Calcutta medical institutions reports 1871-78
Year: 1871
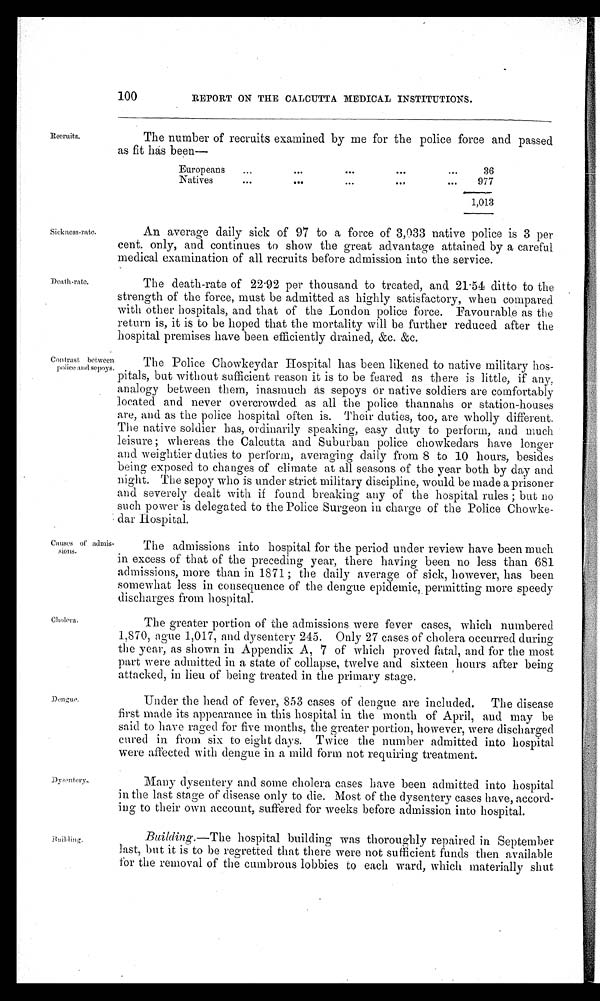
100
REPORT ON TIM CALCUTTA MEDICAL INSTITUTIONS.
Recruits.
The number of recruits examined by me for the police force and passed
as fit has been
—
European
...
. . .
. . .
. . .
. . .
36
Natives
...
...
. . .
...
...
977
1,013
Sickness-rate.
An average daily sick of 97 to a force of 3,033 native police is 3 per
cent. only, and continues to show the great advantage attained by a careful
medical examination of all recruits before admission into the service.
Death-rate.
The death-rate of 22·92 per thousand to treated, and 21·54 ditto to the
strength of the force, must be admitted as highly satisfactory, when compared
with other hospitals, and that of the London police force. Favourable as the
return is, it is to be hoped that the mortality will be further reduced after the
hospital premises have been efficiently drained, &c. &c.
Contrast between
police and sepoys.
The Police Chowkeydar Hospital has been likened to native military hos-
pitals, but without sufficient reason it is to be feared as there is little, if any,
analogy between them, inasmuch as sepoys or native soldiers are comfortably
located and never overcrowded as all the police thannahs or station-houses
are, and as the police hospital often is. Their duties, too, are wholly different.
The native soldier has, ordinarily speaking, easy duty to perform, and much
leisure ; whereas the Calcutta and Suburban police chowkedars have longer
and weightier duties to perform, averaging daily from 8 to 10 hours, besides
being exposed to changes of climate at all seasons of the year both by day and
night. The sepoy who is under strict military discipline, would be made a prisoner
and severely dealt with if found breaking any of the hospital rules ; but
n o
such power is delegated to the Police Surgeon in charge of the Police Chowke-
da
r H o s p i t a l .
Causes of admis-
s i o n s .
The admissions into hospital for the period under review have been much
in excess of that of the preceding year, there having been no less than 681
admissions, more than in 1871 ; the daily average of sick, however, has been
somewhat less in consequence of the dengue epidemic,. permitting more speedy
discharges from hospital.
Cholera.
The greater portion of the admissions were fever cases, which numbered
1,870, ague 1,017, and dysentery 245. Only 27 cases of cholera occurred during
the year, as shown in Appendix A, 7 of which proved fatal, and for the most
part were admitted in a state of collapse, twelve and sixteen hours after being
attacked, in lieu of being treated in the primary stage.
Dengue.
Under the head of fever, 853 cases of dengue are included. The disease
first made its appearance in this hospital in the month of April, and may be
said to have raged for five months, the greater portion, however, were discharged
cured in from six to eight days. Twice the number admitted into hospital
were affected with dengue in a mild form not requiring treatment.
Dysentery.
Many dysentery and some cholera cases have been admitted into hospital
in the last stage of disease only to die. Most of the dysentery cases have, accord
-
ing to their own account, suffered for weeks before admission into hospital.
B u i l d i n g .
Building.—The hospital building was thoroughly repaired in September
last, but it is to be regretted that there were not sufficient funds then available
for the removal of the cumbrous lobbies to each ward, which materially shut